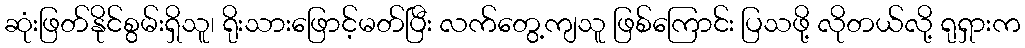
ဆုံးဖြတ်နိုင်စွမ်းရှိသူ၊ ရိုးသားဖြောင့်မတ်ပြီး လက်တွေ့ကျသူ ဖြစ်ကြောင်း ပြသဖို့ လိုတယ်လို့ ရုရှားက